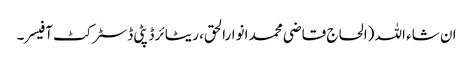
ان شاء اللہ (الحاج قاضی محمد انوارالحق، ریٹائر ڈپٹی ڈسٹرکٹ آفیسر۔